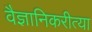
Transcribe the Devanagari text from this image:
वैज्ञानिकरीत्या